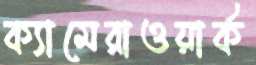
ক্যামেরাওয়ার্ক